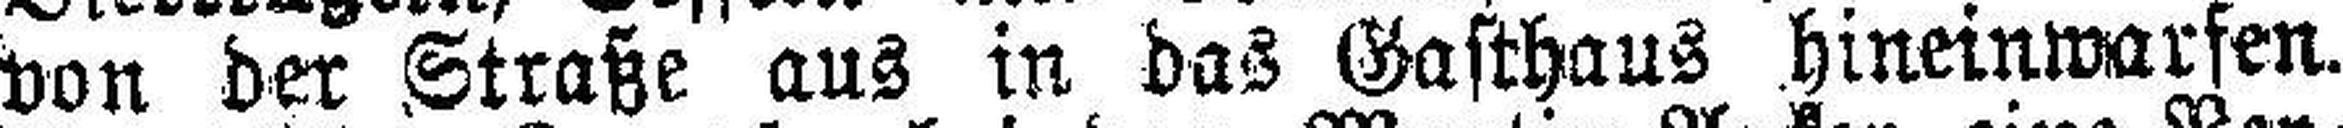
von der Straße aus in das Gasthaus hineinwarfen.